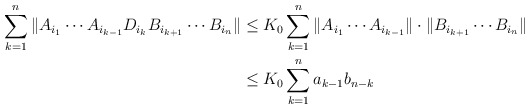
\begin{align*} \sum_{k=1}^n \|A_{i_1}\cdots A_{i_{k-1}}D_{i_{k}}B_{i_{k+1}} \cdots B_{i_n}\| &\leq K_0 \sum_{k=1}^n \|A_{i_1}\cdots A_{i_{k-1}}\| \cdot\|B_{i_{k+1}} \cdots B_{i_n}\|\\&\leq K_0\sum_{k=1}^n a_{k-1} b_{n-k}\end{align*}